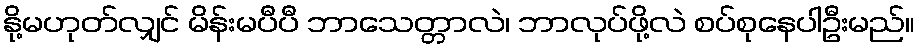
နို့မဟုတ်လျှင် မိန်းမပီပီ ဘာသေတ္တာလဲ၊ ဘာလုပ်ဖို့လဲ စပ်စုနေပါဦးမည်။